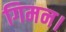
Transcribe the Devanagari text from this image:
गिमन।